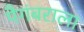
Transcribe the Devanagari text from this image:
पैगंबराला